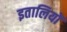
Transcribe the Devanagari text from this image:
इतालियों